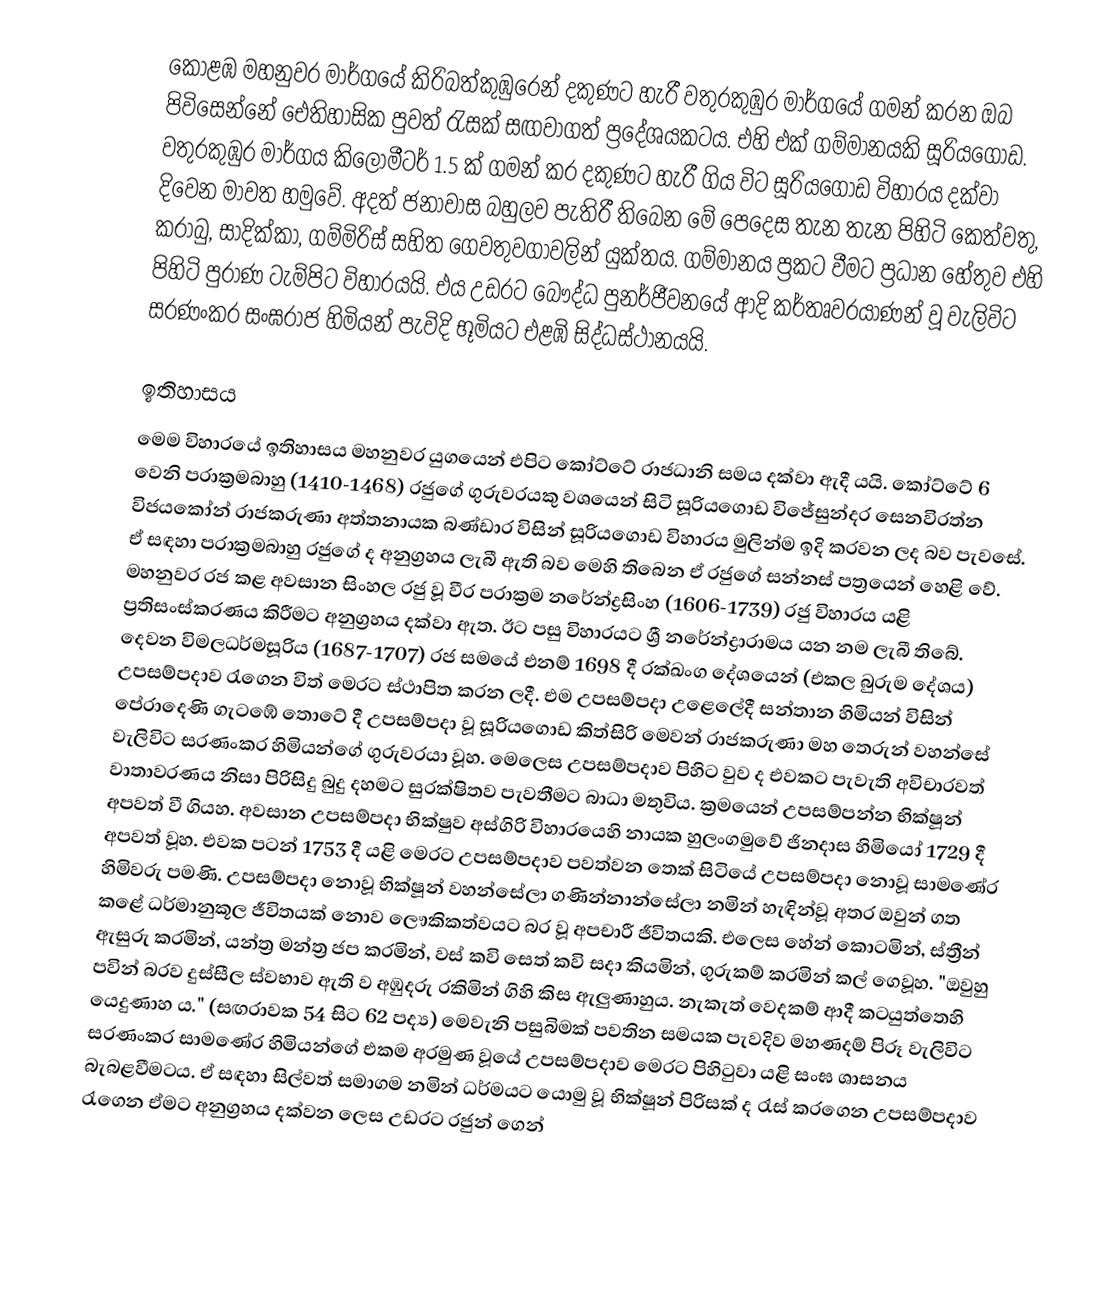
කොළඹ මහනුවර මාර්ගයේ කිරිබත්කුඹුරෙන් දකුණට හැරී වතුරකුඹුර මාර්ගයේ ගමන් කරන ඔබ පිවිසෙන්නේ ඓතිහාසික පුවත් රැසක් සඟවාගත් ප්‍රදේශයකටය. එහි එක් ගම්මානයකි සූරියගොඩ. වතුරකුඹුර මාර්ගය කිලෝමීටර් 1.5 ක් ගමන් කර දකුණට හැරී ගිය විට සූරියගොඩ විහාරය දක්වා දිවෙන මාවත හමුවේ. අදත් ජනාවාස බහුලව පැතිරී තිබෙන මේ පෙදෙස තැන තැන පිහිටි කෙත්වතු, කරාබු, සාදික්කා, ගම්මිරිස් සහිත ගෙවතුවගාවලින් යුක්තය. ගම්මානය ප්‍රකට වීමට ප්‍රධාන හේතුව එහි පිහිටි පුරාණ ටැම්පිට විහාරයයි. එය උඩරට බෞද්ධ පුනර්ජීවනයේ ආදි කර්තෘවරයාණන් වූ වැලිවිට සරණංකර සංඝරාජ හිමියන් පැවිදි භූමියට එළඹි සිද්ධස්ථානයයි.

ඉතිහාසය
මෙම විහාරයේ ඉතිහාසය මහනුවර යුගයෙන් එපිට කෝට්ටේ රාජධානි සමය දක්වා ඇදී යයි. කෝට්ටේ 6 වෙනි පරාක්‍රමබාහු (1410-1468) රජුගේ ගුරුවරයකු වශයෙන් සිටි සූරියගොඩ විජේසුන්දර සෙනවිරත්න විජයකෝන් රාජකරුණා අත්තනායක බණ්ඩාර විසින් සූරියගොඩ විහාරය මුලින්ම ඉදි කරවන ලද බව පැවසේ. ඒ සඳහා පරාක්‍රමබාහු රජුගේ ද අනුග්‍රහය ලැබී ඇති බව මෙහි තිබෙන ඒ රජුගේ සන්නස් පත්‍රයෙන් හෙළි වේ. මහනුවර රජ කළ අවසාන සිංහල රජු වූ වීර පරාක්‍රම නරේන්ද්‍රසිංහ (1606-1739) රජු විහාරය යළි ප්‍රතිසංස්කරණය කිරීමට අනුග්‍රහය දක්වා ඇත. ඊට පසු විහාරයට ශ්‍රී නරේන්ද්‍රාරාමය යන නම ලැබී තිබේ. දෙවන විමලධර්මසූරිය (1687-1707) රජ සමයේ එනම් 1698 දී රක්ඛංග දේශයෙන් (එකල බුරුම දේශය) උපසම්පදාව රැගෙන විත් මෙරට ස්ථාපිත කරන ලදී. එම උපසම්පදා උළෙලේදී සන්තාන හිමියන් විසින් පේරාදෙණි ගැටඹේ තොටේ දී උපසම්පදා වූ සූරියගොඩ කිත්සිරි මෙවන් රාජකරුණා මහ තෙරුන් වහන්සේ වැලිවිට සරණංකර හිමියන්ගේ ගුරුවරයා වූහ. මෙලෙස උපසම්පදාව පිහිට වුව ද එවකට පැවැති අවිචාරවත් වාතාවරණය නිසා පිරිසිදු බුදු දහමට සුරක්ෂිතව පැවතීමට බාධා මතුවිය. ක්‍රමයෙන් උපසම්පන්න භික්ෂූන් අපවත් වී ගියහ. අවසාන උපසම්පදා භික්ෂුව අස්ගිරි විහාරයෙහි නායක හුලංගමුවේ ජිනදාස හිමියෝ 1729 දී අපවත් වූහ. එවක පටන් 1753 දී යළි මෙරට උපසම්පදාව පවත්වන තෙක් සිටියේ උපසම්පදා නොවූ සාමණේර හිමිවරු පමණි. උපසම්පදා නොවූ භික්ෂූන් වහන්සේලා ගණින්නාන්සේලා නමින් හැඳින්වූ අතර ඔවුන් ගත කළේ ධර්මානුකූල ජීවිතයක් නොව ලෞකිකත්වයට බර වූ අපචාරී ජීවිතයකි. එලෙස හේන් කොටමින්, ස්ත්‍රීන් ඇසුරු කරමින්, යන්ත්‍ර මන්ත්‍ර ජප කරමින්, වස් කවි සෙත් කවි සදා කියමින්, ගුරුකම් කරමින් කල් ගෙවූහ. "ඔවුහු පවින් බරව දුස්සීල ස්වභාව ඇති ව අඹුදරු රකිමින් ගිහි කිස ඇලුණාහුය. නැකැත් වෙදකම් ආදී කටයුත්තෙහි යෙදුණාහ ය." (සඟරාවක 54 සිට 62 පද්‍ය) මෙවැනි පසුබිමක් පවතින සමයක පැවදිව මහණදම් පිරූ වැලිවිට සරණංකර සාමණේර හිමියන්ගේ එකම අරමුණ වූයේ උපසම්පදාව මෙරට පිහිටුවා යළි සංඝ ශාසනය බැබළවීමටය. ඒ සඳහා සිල්වත් සමාගම නමින් ධර්මයට යොමු වූ භික්ෂූන් පිරිසක් ද රැස් කරගෙන උපසම්පදාව රැගෙන ඒමට අනුග්‍රහය දක්වන ලෙස උඩරට රජුන් ගෙන්